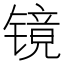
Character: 镜